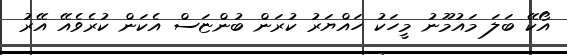
އޯކޭ ބަލަ މައުމޫނު މީހަކު ހައްޔަރު ކުރަން ބުންޏަސް އެކަން ކުރެވެއޭ އޭރު